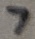
Text: 7